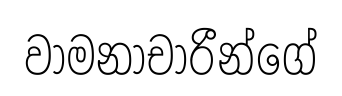
වාමනාචාරීන්ගේ